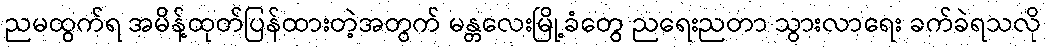
ညမထွက်ရ အမိန့်ထုတ်ပြန်ထားတဲ့အတွက် မန္တလေးမြို့ခံတွေ ညရေးညတာ သွားလာရေး ခက်ခဲရသလို